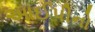
આઈપીનો